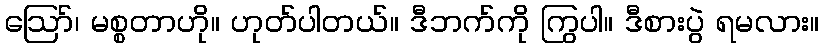
ဪ၊ မစ္စတာဟို။ ဟုတ်ပါတယ်။ ဒီဘက်ကို ကြွပါ။ ဒီစားပွဲ ရမလား။